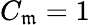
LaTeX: C_{\mathfrak{m}}=1